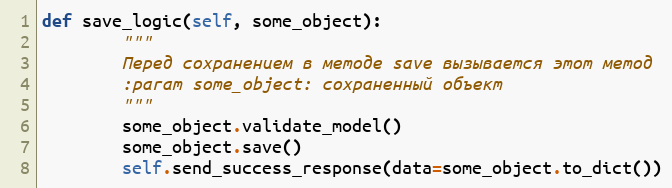
Language: Python
def save_logic(self, some_object):
        """
        Перед сохранением в методе save вызывается этот метод
        :param some_object: сохраненный объект
        """
        some_object.validate_model()
        some_object.save()
        self.send_success_response(data=some_object.to_dict())